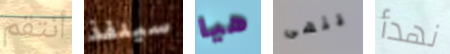
أنتقم سينفذ هيا ينهى نهدأ